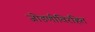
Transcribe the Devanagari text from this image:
जोडणीविरहित